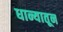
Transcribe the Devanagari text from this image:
धान्यातून